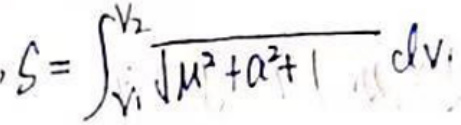
$S = \int_{v_1}^{v_2} \frac{1}{\sqrt{u^2 + a^2 + 1}} dv$